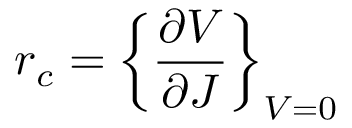
r _ { c } = \left\{ { \frac { \partial V } { \partial J } } \right\} _ { V = 0 }